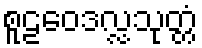
စူဠဝေဒလ္လသုတ္တံ